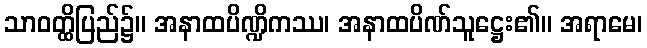
သာဝတ္ထိပြည်၌။ အနာထပိဏ္ဍိကဿ၊ အနာထပိဏ်သူဋ္ဌေး၏။ အရာမေ၊